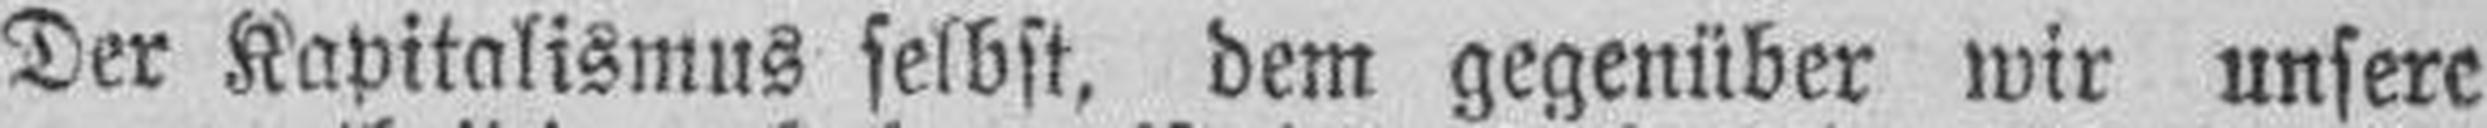
Der Kapitalismus selbst, dem gegenüber wir unsere